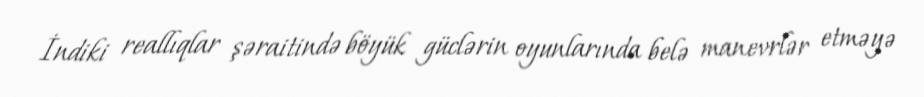
İndiki reallıqlar şəraitində böyük güclərin oyunlarında belə manevrlər etməyə